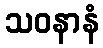
သဝနာနံ